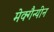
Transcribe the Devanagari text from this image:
मेक्गैन्यीन